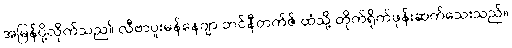
အမြန်ပို့လိုက်သည။် လီဗာပူးမန်နေဂျာ ဘင်နီတက်ဇ် ထံသို့ တိုက်ရိုက်ဖုန်းဆက်သေးသည်။